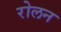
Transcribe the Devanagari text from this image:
रोलन